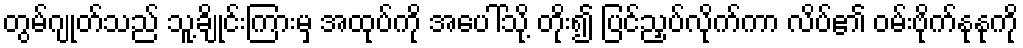
တွမ်ဂျုတ်သည် သူ့ချိုင်းကြားမှ အထုပ်ကို အပေါ်သို့ တိုး၍ ပြင်ညှပ်လိုက်ကာ လိပ်၏ ဝမ်းဗိုက်နုနုကို